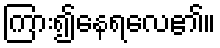
ကြား၍နေရလေ၏။